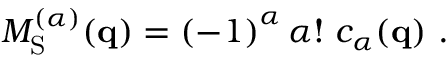
\begin{array} { r } { M _ { \mathrm { S } } ^ { ( \alpha ) } ( \mathbf { q } ) = \left( - 1 \right) ^ { \alpha } \alpha ! \ c _ { \alpha } ( \mathbf { q } ) \ . } \end{array}